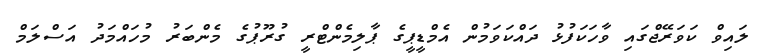
ލައިވް ކަވަރޭޖްގައި ވާހަކަފުޅު ދައްކަަވަމުން އެމްޑީޕީގެ ޕާލިމެންޓްރީ ގުރޫޕުގެ މެންބަރު މުހައްމަދު އަސްލަމް